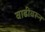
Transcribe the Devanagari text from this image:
वाढीवरून